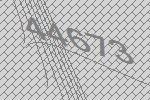
44673